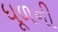
ધૂળની